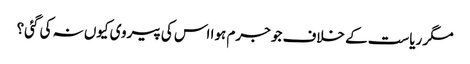
مگر ریاست کے خلاف جو جرم ہوا اس کی پیروی کیوں نہ کی گئی؟